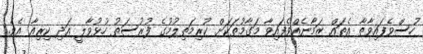
ހުސްވެފައިވާތާ އެތައް ޒަމާނެއްވެފައިވާ މަގާމުތަކަށް ކުރިމަތިލުމުގެ ފުރުސަތު ހުޅުވާލީ އަދި ކިރިއާ އެވެ.